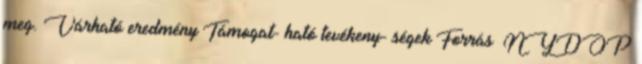
meg. Várható eredmény Támogat- ható tevékeny- ségek Forrás ▪NYDOP